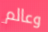
وعالم